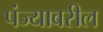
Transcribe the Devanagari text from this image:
पंज्यावरील